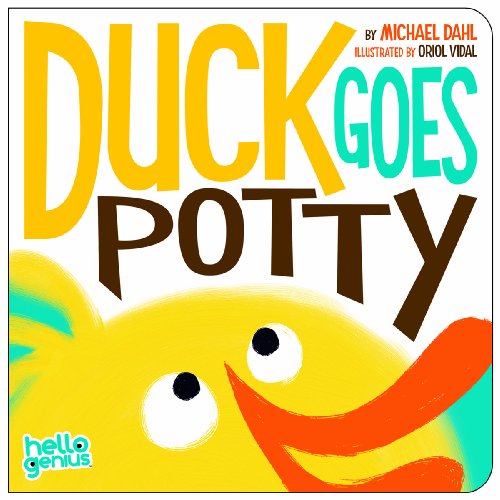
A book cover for Duck Goes Potty (Hello Genius); Michael Dahl; Children's Books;